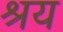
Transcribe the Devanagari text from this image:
श्रय